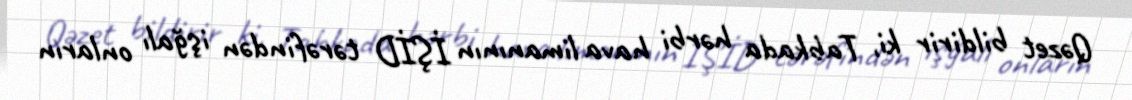
Qəzet bildirir ki, Tabkada hərbi hava limanının İŞİD tərəfindən işğalı onların